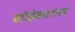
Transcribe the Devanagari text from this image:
कोइंबताराव